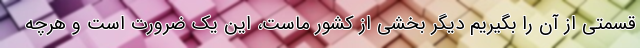
قسمتی از آن را بگیریم دیگر بخشی از کشور ماست، این یک ضرورت است و هرچه